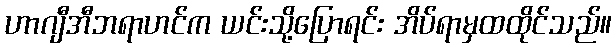
ဟာဂျီအီဘရာဟင်က ယင်းသို့ပြောရင်း အိပ်ရာမှထထိုင်သည်။